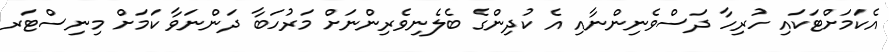
އެކަމަށްޓަކައި ހުރިހާ ދަސްވެނިންނާއި އެ ކުދިންގެ ބެލެނިވެރިންނަށް މަރުހަބާ ދަންނަވާ ކަމަށް މިނިސްޓަރ